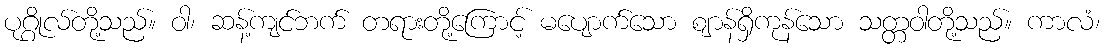
ပုဂ္ဂိုလ်တို့သည်။ ဝါ၊ ဆန့်ကျင်ဘက် တရားတို့ကြောင့် မပျောက်သော ဈာန်ရှိကုန်သော သတ္တဝါတို့သည်။ ကာလံ၊